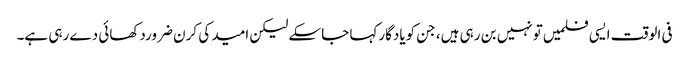
فی الوقت ایسی فلمیں تونہیں بن رہی ہیں، جن کویادگارکہا جاسکے لیکن امید کی کرن ضروردکھائی دے رہی ہے۔